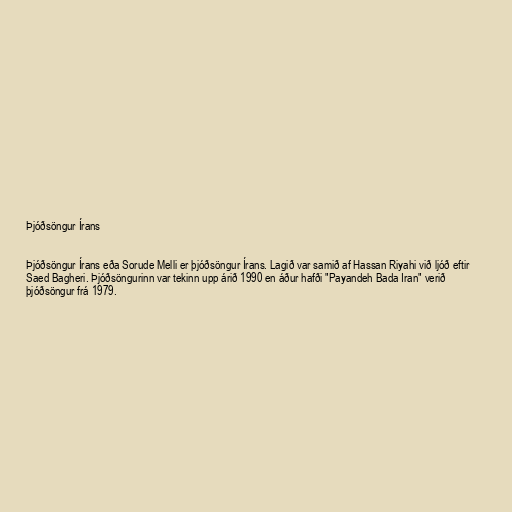
Þjóðsöngur Írans

Þjóðsöngur Írans eða Sorude Melli er þjóðsöngur Írans. Lagið var samið af Hassan Riyahi við ljóð eftir
Saed Bagheri. Þjóðsöngurinn var tekinn upp árið 1990 en áður hafði "Payandeh Bada Iran" verið
þjóðsöngur frá 1979.